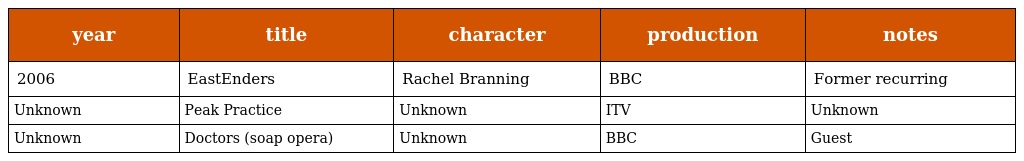
| year | title | character | production | notes |
 | --- | --- | --- | --- | --- |
 | 2006 | EastEnders | Rachel Branning | BBC | Former recurring |
 | Unknown | Peak Practice | Unknown | ITV | Unknown |
 | Unknown | Doctors (soap opera) | Unknown | BBC | Guest |